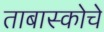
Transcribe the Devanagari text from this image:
ताबास्कोचे